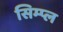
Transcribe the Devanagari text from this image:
सिम्प्ल